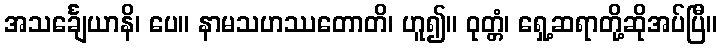
အသင်္ချေယာနိ၊ ပေ။ နာမသဟဿတောတိ၊ ဟူ၍။ ဝုတ္တံ၊ ရှေ့ဆရာတို့ဆိုအပ်ပြီ။